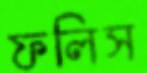
ফলিস